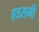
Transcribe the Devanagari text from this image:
हडसनी